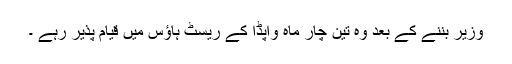
وزیر بننے کے بعد وہ تین چار ماہ واپڈا کے ریسٹ ہاﺅس میں قیام پذیر رہے ۔